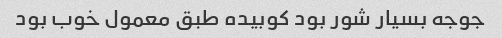
جوجه بسیار شور بود کوبیده طبق معمول خوب بود